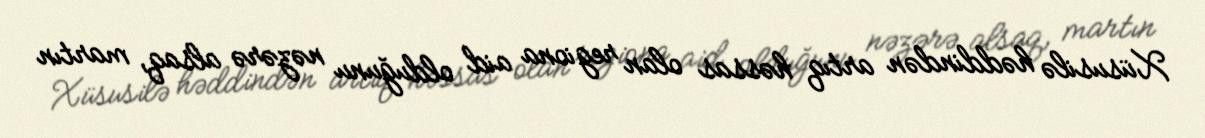
Xüsusilə həddindən artıq həssas olan regiona aid olduğunu nəzərə alsaq, martın